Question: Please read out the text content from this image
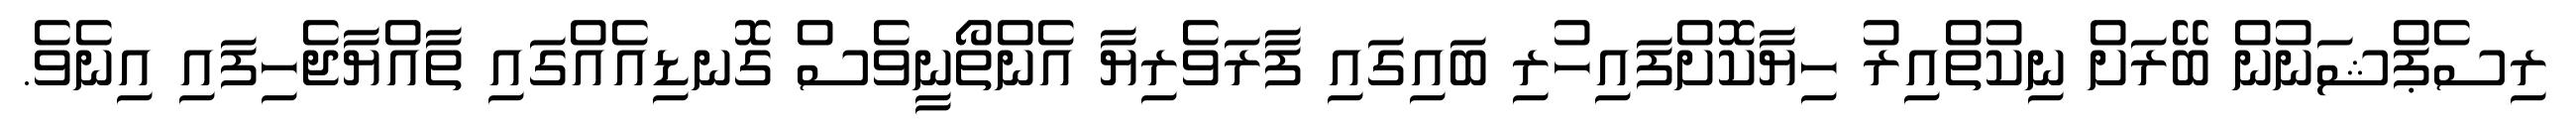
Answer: ރިސެޕްޝަނުން ބޭރަށް ނިކުތްއިރު ހިޔާކޮށްފައިހުރި ބައިގައި ފާރަވެރިޔާ އެންތޯނީވެސް ގޮނޑިއެއްގައި ތާއްޔާޖެހިފައި އިނެވެ.